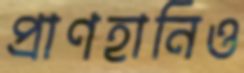
প্রাণহানিও